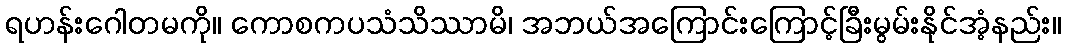
ရဟန်းဂေါတမကို။ ကောစကပသံသိဿာမိ၊ အဘယ်အကြောင်းကြောင့်ခြီးမွမ်းနိုင်အံ့နည်း။